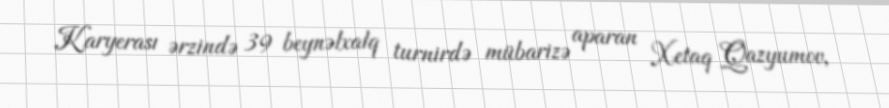
Karyerası ərzində 39 beynəlxalq turnirdə mübarizə aparan Xetaq Qazyumov,